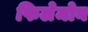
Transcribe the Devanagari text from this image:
फिलेमोन